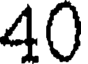
40